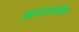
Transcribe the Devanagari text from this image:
अध्ययनीय